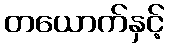
တယောက်နှင့်